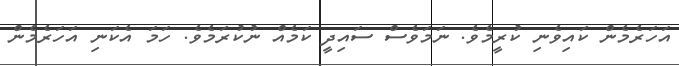
އަހަރެމެން ކައިވެނި ކުރީމެވެ. ނަމަވެސް ސައިދީ ކަމެއް ނުކުރަމެވެ. ހަމަ އެކަނި އަހަރެމެން